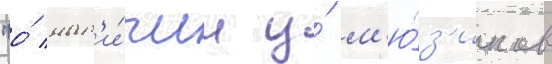
"о́ нал'и́чии у́ м'ю́з'иклов